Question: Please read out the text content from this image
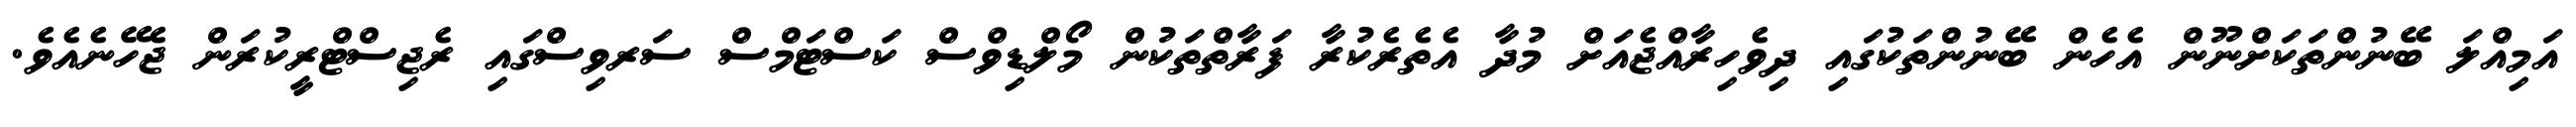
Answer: އަމިއްލަ ބޭނުންތަކަށްނޫން އެހެން ބޭނުންތަކުގައި ދިވެހިރާއްޖެއަށް މުދާ އެތެރެކުރާ ފަރާތްތަކުން މޯލްޑިވްސް ކަސްޓަމްސް ސަރވިސްގައި ރެޖިސްޓްރީކުރަން ޖެހޭނެއެވެ.